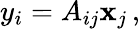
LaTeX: y_{i}=A_{ij}\mathbf{x}_{j}\, ,